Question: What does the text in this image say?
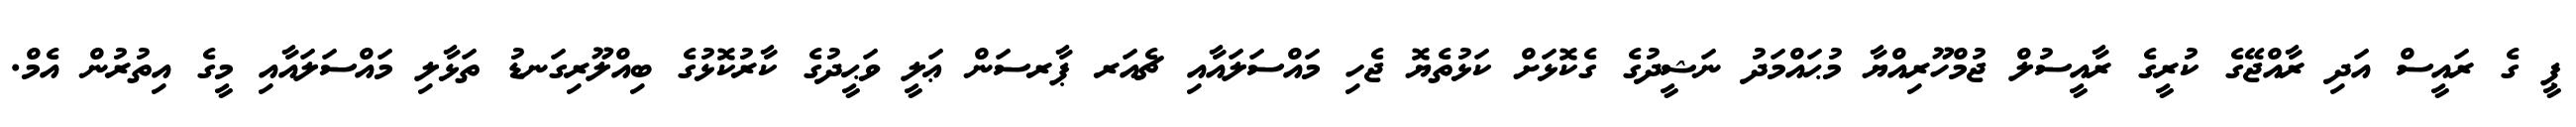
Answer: ޕީ ގެ ރައީސް އަދި ރާއްޖޭގެ ކުރީގެ ރާއީސުލް ޖުމްހޫރިއްޔާ މުޙައްމަދު ނަޝީދުގެ ގެކޮޅަށް ކަޅުތެޔޮ ޖެހި މައްސަލައާއި ޗެއަރ ޕާރސަން ޢަލީ ވަޙީދުގެ ކާރުކޮޅުގެ ބިއްލޫރިގަނޑު ތަޅާލި މައްސަލައާއި މީގެ އިތުރުން އެމް.